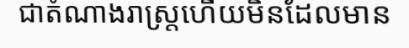
ជាតំណាងរាស្ត្រហើយមិនដែលមាន